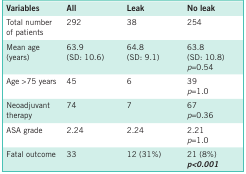
<table><thead><tr><td><b>Variables</b></td><td><b>All</b></td><td><b>Leak</b></td><td><b>No leak</b></td></tr></thead><tbody><tr><td>Total number of patients</td><td>292</td><td>38</td><td>254</td></tr><tr><td>Mean age (years)</td><td>63.9(SD: 10.6)</td><td>64.8(SD: 9.1)</td><td>63.8(SD: 10.8)<i>p</i>=0.54</td></tr><tr><td>Age &gt;75 years</td><td>45</td><td>6</td><td>39<i>p</i>=1.0</td></tr><tr><td>Neoadjuvant therapy</td><td>74</td><td>7</td><td>67<i>p</i>=0.36</td></tr><tr><td>ASA grade</td><td>2.24</td><td>2.24</td><td>2.21<i>p</i>=1.0</td></tr><tr><td>Fatal outcome</td><td>33</td><td>12 (31%)</td><td>21 (8%)<b><i>p</i>&lt;0.001</b></td></tr></tbody></table>